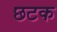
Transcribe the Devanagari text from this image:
छटक